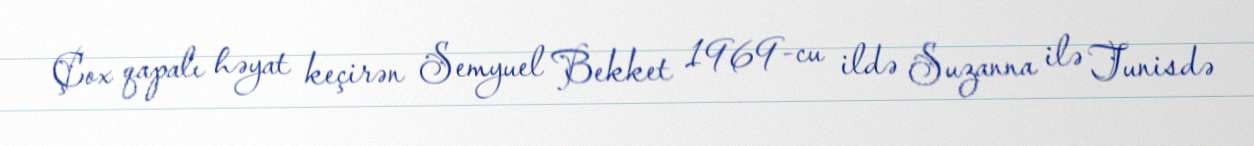
Çox qapalı həyat keçirən Semyuel Bekket 1969-cu ildə Suzanna ilə Tunisdə